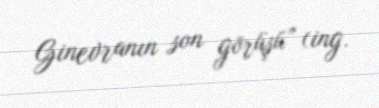
Ginevranın son görüşü” (ing.